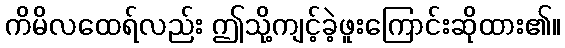
ကိမိလထေရ်လည်း ဤသို့ကျင့်ခဲ့ဖူးကြောင်းဆိုထား၏။